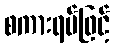
စကားရပ်ဖြင့်